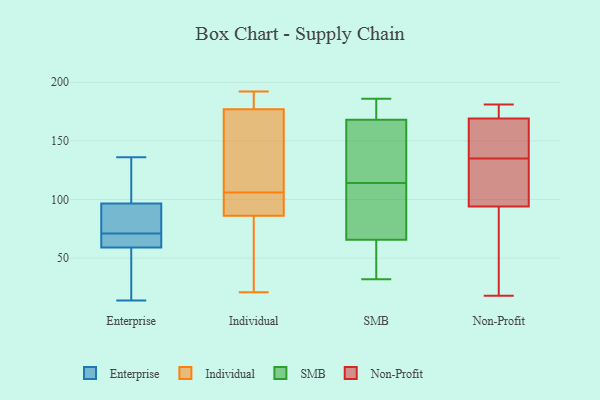
{"axis": {"x": "Shipments", "y": "Value"}, "legend": ["Enterprise", "Individual", "Non-Profit", "SMB"], "data": [{"x": "", "y": 84, "type": "Enterprise"}, {"x": "", "y": 43, "type": "Enterprise"}, {"x": "", "y": 94, "type": "Enterprise"}, {"x": "", "y": 89, "type": "Enterprise"}, {"x": "", "y": 71, "type": "Enterprise"}, {"x": "", "y": 61, "type": "Enterprise"}, {"x": "", "y": 104, "type": "Enterprise"}, {"x": "", "y": 130, "type": "Enterprise"}, {"x": "", "y": 71, "type": "Enterprise"}, {"x": "", "y": 14, "type": "Enterprise"}, {"x": "", "y": 65, "type": "Enterprise"}, {"x": "", "y": 53, "type": "Enterprise"}, {"x": "", "y": 136, "type": "Enterprise"}, {"x": "", "y": 99, "type": "Individual"}, {"x": "", "y": 21, "type": "Individual"}, {"x": "", "y": 106, "type": "Individual"}, {"x": "", "y": 77, "type": "Individual"}, {"x": "", "y": 82, "type": "Individual"}, {"x": "", "y": 189, "type": "Individual"}, {"x": "", "y": 101, "type": "Individual"}, {"x": "", "y": 171, "type": "Individual"}, {"x": "", "y": 184, "type": "Individual"}, {"x": "", "y": 101, "type": "Individual"}, {"x": "", "y": 159, "type": "Individual"}, {"x": "", "y": 66, "type": "Individual"}, {"x": "", "y": 181, "type": "Individual"}, {"x": "", "y": 101, "type": "Individual"}, {"x": "", "y": 61, "type": "Individual"}, {"x": "", "y": 192, "type": "Individual"}, {"x": "", "y": 179, "type": "Individual"}, {"x": "", "y": 128, "type": "Individual"}, {"x": "", "y": 147, "type": "Individual"}, {"x": "", "y": 39, "type": "SMB"}, {"x": "", "y": 186, "type": "SMB"}, {"x": "", "y": 89, "type": "SMB"}, {"x": "", "y": 114, "type": "SMB"}, {"x": "", "y": 183, "type": "SMB"}, {"x": "", "y": 43, "type": "SMB"}, {"x": "", "y": 147, "type": "SMB"}, {"x": "", "y": 126, "type": "SMB"}, {"x": "", "y": 43, "type": "SMB"}, {"x": "", "y": 83, "type": "SMB"}, {"x": "", "y": 108, "type": "SMB"}, {"x": "", "y": 102, "type": "SMB"}, {"x": "", "y": 185, "type": "SMB"}, {"x": "", "y": 114, "type": "SMB"}, {"x": "", "y": 32, "type": "SMB"}, {"x": "", "y": 168, "type": "SMB"}, {"x": "", "y": 60, "type": "SMB"}, {"x": "", "y": 168, "type": "SMB"}, {"x": "", "y": 168, "type": "SMB"}, {"x": "", "y": 118, "type": "Non-Profit"}, {"x": "", "y": 18, "type": "Non-Profit"}, {"x": "", "y": 169, "type": "Non-Profit"}, {"x": "", "y": 100, "type": "Non-Profit"}, {"x": "", "y": 173, "type": "Non-Profit"}, {"x": "", "y": 42, "type": "Non-Profit"}, {"x": "", "y": 153, "type": "Non-Profit"}, {"x": "", "y": 169, "type": "Non-Profit"}, {"x": "", "y": 135, "type": "Non-Profit"}, {"x": "", "y": 143, "type": "Non-Profit"}, {"x": "", "y": 92, "type": "Non-Profit"}, {"x": "", "y": 46, "type": "Non-Profit"}, {"x": "", "y": 125, "type": "Non-Profit"}, {"x": "", "y": 181, "type": "Non-Profit"}, {"x": "", "y": 172, "type": "Non-Profit"}]}